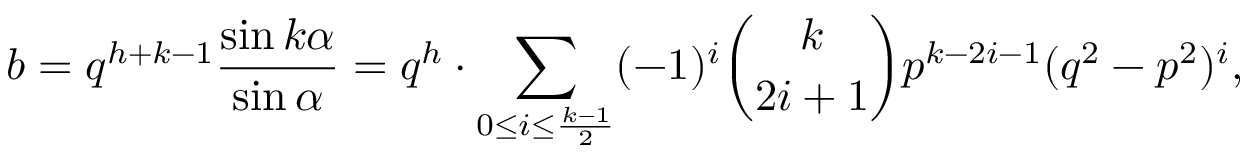
b = q ^ { h + k - 1 } { \frac { \sin k \alpha } { \sin \alpha } } = q ^ { h } \cdot \sum _ { 0 \leq i \leq { \frac { k - 1 } { 2 } } } ( - 1 ) ^ { i } { \binom { k } { 2 i + 1 } } p ^ { k - 2 i - 1 } ( q ^ { 2 } - p ^ { 2 } ) ^ { i } ,